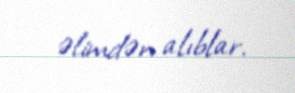
əlimdən alıblar.